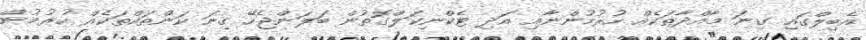
އެބިލްގައި ގިނަ މާއްދާތަކެއް ހުރުމުންނާއި އަދި ޓެކްނިކަލްގޮތުން ބަލަންޖެހޭ ގިނަ ކަންތައްތަކެއް ހުރުމުން